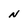
Character: N